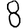
Digit: 8